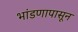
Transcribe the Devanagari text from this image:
भांडणापासून